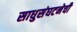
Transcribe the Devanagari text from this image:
साधुसंघटनेची